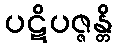
ပဋိပဇ္ဇန္တိ